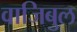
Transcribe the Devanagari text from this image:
वाजिबुल